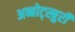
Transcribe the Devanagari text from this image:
अब्बोट्स्बुरी